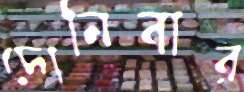
দোনিবার